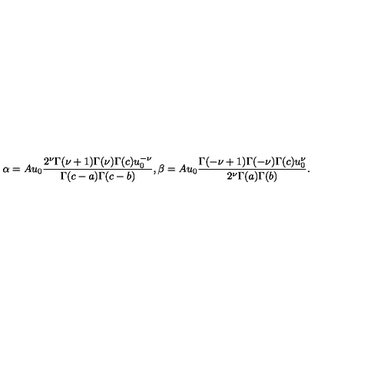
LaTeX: \alpha = A u _ { 0 } { \frac { 2 ^ { \nu } \Gamma ( \nu + 1 ) \Gamma ( \nu ) \Gamma ( c ) u _ { 0 } ^ { - \nu } } { \Gamma ( c - a ) \Gamma ( c - b ) } } , \beta = A u _ { 0 } { \frac { \Gamma ( - \nu + 1 ) \Gamma ( - \nu ) \Gamma ( c ) u _ { 0 } ^ { \nu } } { 2 ^ { \nu } \Gamma ( a ) \Gamma ( b ) } } .